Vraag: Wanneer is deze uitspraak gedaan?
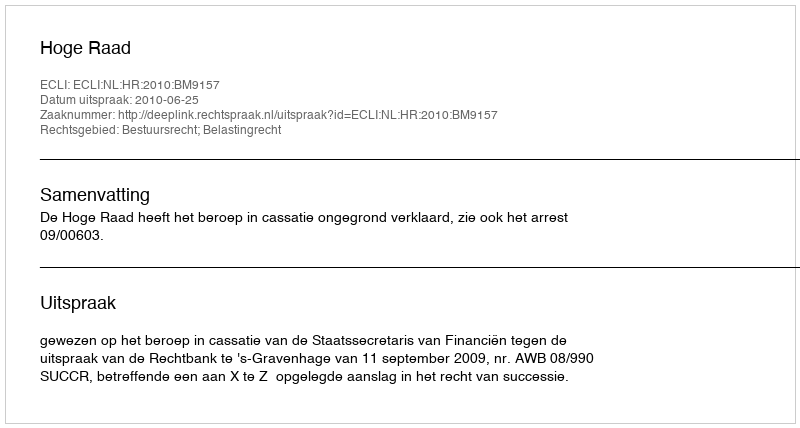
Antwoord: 2010-06-25